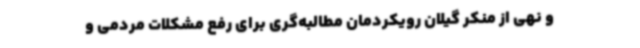
و نهی از منکر گیلان رویکردمان مطالبه‌گری برای رفع مشکلات مردمی و